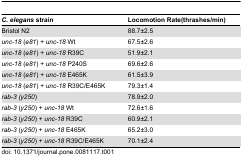
<table><thead><tr><td><b><i>C. elegans</i> strain</b></td><td><b>Locomotion Rate(thrashes/min)</b></td></tr></thead><tbody><tr><td>Bristol N2</td><td>88.7±2.5</td></tr><tr><td><i>unc-18</i> (<i>e81</i>) + <i>unc-18</i> Wt</td><td>67.5±2.6</td></tr><tr><td><i>unc-18</i> (<i>e81</i>) + <i>unc-18</i> R39C</td><td>51.9±2.1</td></tr><tr><td><i>unc-18</i> (<i>e81</i>) + <i>unc-18</i> P240S</td><td>69.6±2.6</td></tr><tr><td><i>unc-18</i> (<i>e81</i>) + <i>unc-18</i> E465K</td><td>61.5±3.9</td></tr><tr><td><i>unc-18</i> (<i>e81</i>) + <i>unc-18</i> R39C/E465K</td><td>79.3±1.4</td></tr><tr><td><i>rab-3 (y250</i>) </td><td>78.9±2.0</td></tr><tr><td><i>rab-3</i> (<i>y250</i>) + <i>unc-18</i> Wt</td><td>72.6±1.6</td></tr><tr><td><i>rab-3</i> (<i>y250</i>) + <i>unc-18</i> R39C</td><td>60.9±2.1</td></tr><tr><td><i>rab-3</i> (<i>y250</i>) + <i>unc-18</i> E465K</td><td>65.2±3.0</td></tr><tr><td><i>rab-3</i> (<i>y250</i>) + <i>unc-18</i> R39C/E465K</td><td>70.1±2.4</td></tr></tbody></table>